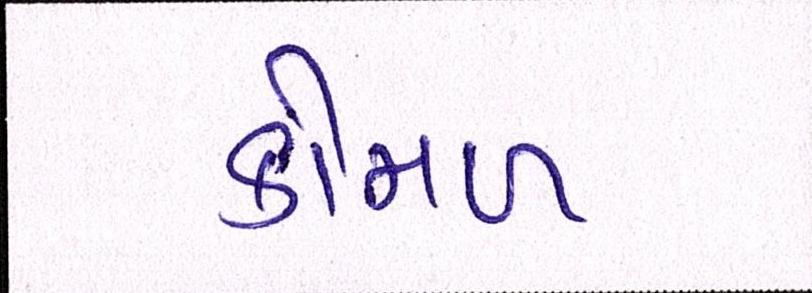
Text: કોમળ